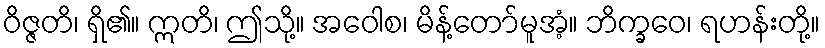
ဝိဇ္ဇတိ၊ ရှိ၏။ ဣတိ၊ ဤသို့။ အဝေါစ၊ မိန့်တော်မူအံ့။ ဘိက္ခဝေ၊ ရဟန်းတို့။